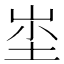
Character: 𱛣